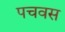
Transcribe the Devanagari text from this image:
पचवस